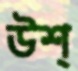
উশ্